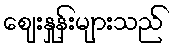
ဈေးနှုန်းများသည်